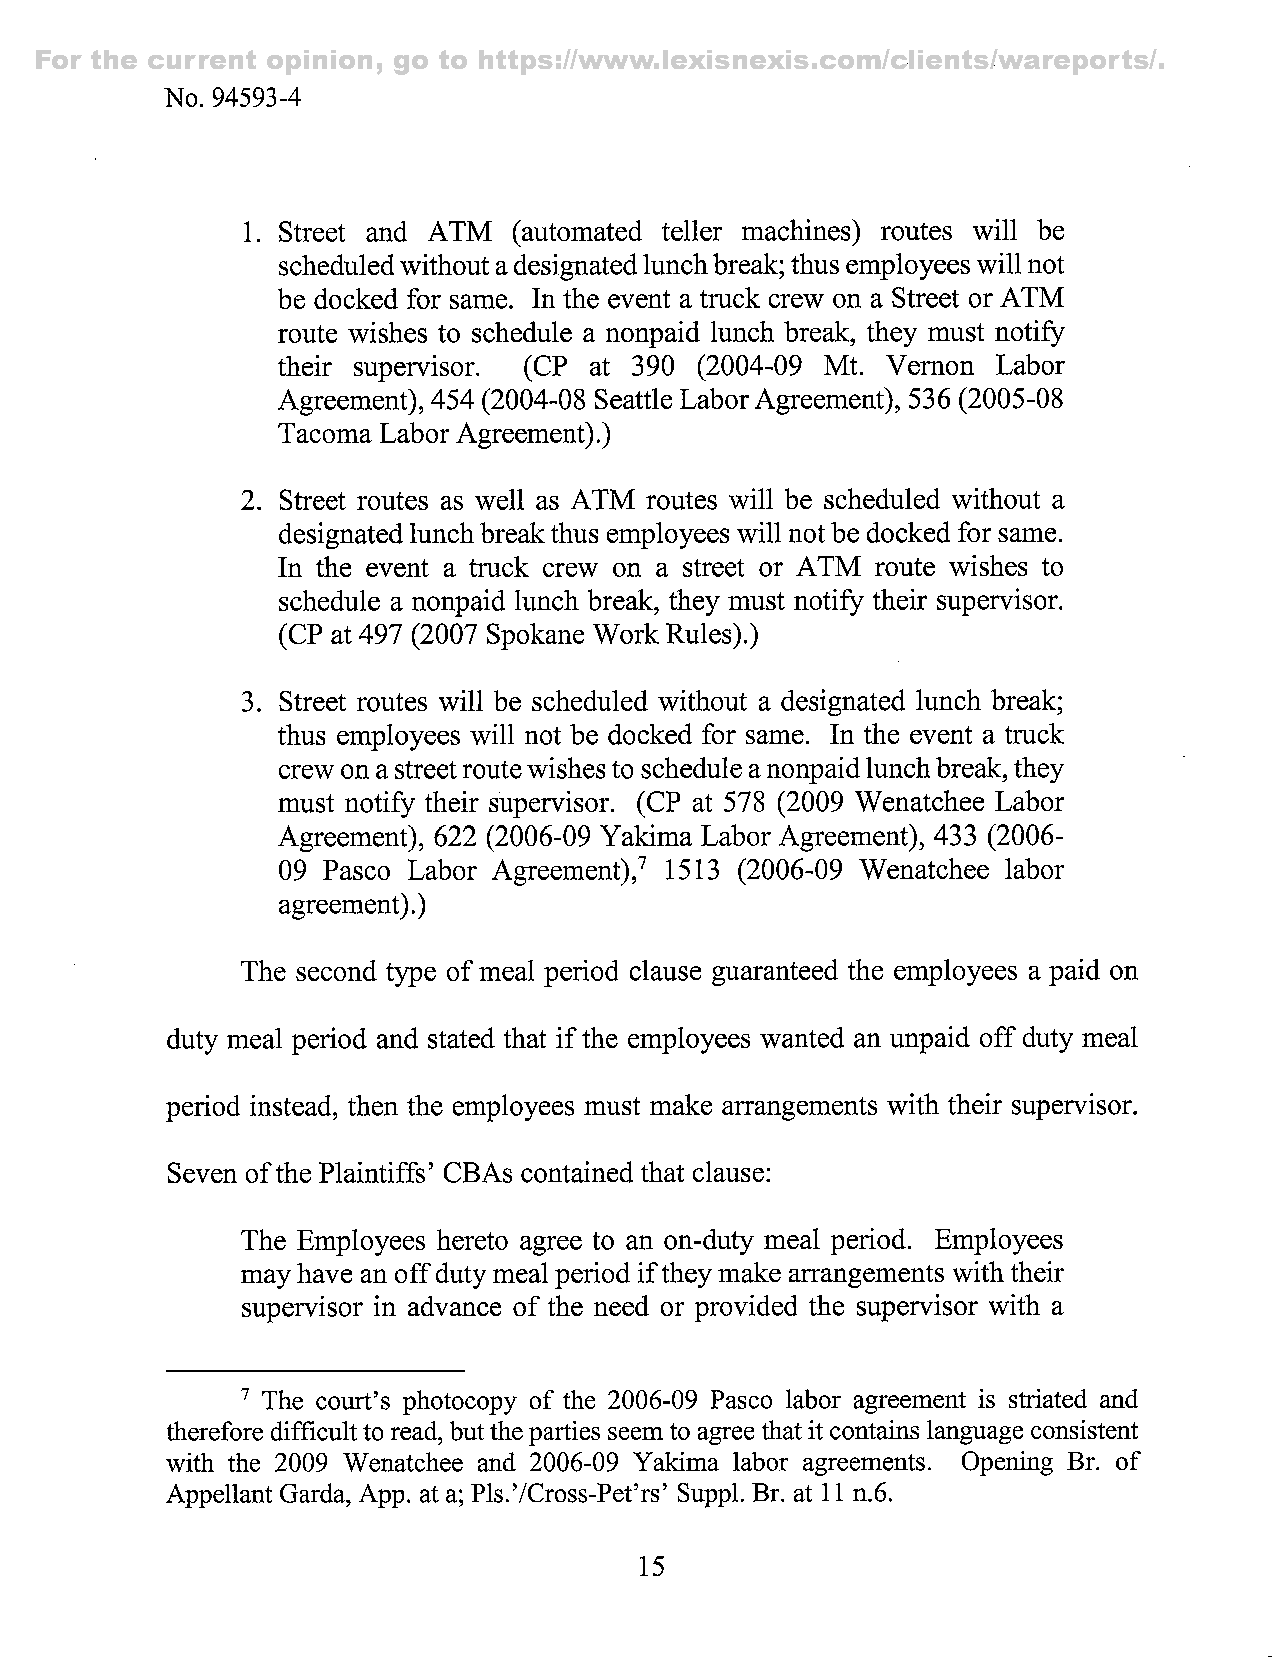
For the current opinion, go to https://www.lexisnexis.com/clients/wareports/.
 No. 94593-4
 1. Street and ATM (automated teller machines) routes will be
 scheduled without a designated lunch break; thus employees will not
 be docked for same. In the event a truck crew on a Street or ATM
 route wishes to schedule a nonpaid lunch break, they must notify
 their supervisor. (CP at 390 (2004-09 Mt. Vemon Labor
 Agreement),4 54( 2004-08 Seattle Labor Agreement), 536( 2005-08
 Tacoma Labor Agreement).)
 2. Street routes as well as ATM routes will be scheduled without a
 designated lunch break thus employees will not be docked for same.
 In the event a truck crew on a street or ATM route wishes to
 schedule a nonpaid lunch break, they must notify their supervisor.
 (CP at 497( 2007 Spokane Work Rules).)
 3. Street routes will be scheduled without a designated lunch break;
 thus employees will not be docked for same. In the event a truck
 crew on a street route wishes to schedule a nonpaid lunch break,t hey
 must notify their supervisor. (CP at 578 (2009 Wenatchee Labor
 Agreement), 622 (2006-09 YaHma Labor Agreement), 433 (2006-
 09 Pasco Labor Agreement),^ 1513 (2006-09 Wenatchee labor
 agreement).)
 The second type of meal period clause guaranteed the employees a paid on
 duty meal period and stated that if the employees wanted an unpaid off duty meal
 period instead, then the employees must make arrangements with their supervisor.
 Seven of the Plaintiffs' CBAs contained that clause:
 The Employees hereto agree to an on-duty meal period. Employees
 may have an off duty meal period if they make arrangements with their
 supervisor in advance of the need or provided the supervisor with a
 ^ The court's photocopy of the 2006-09 Pasco labor agreement is striated and
 therefore difficult to read, but the parties seem to agree that it contains language consistent
 with the 2009 Wenatchee and 2006-09 Yakima labor agreements. Opening Br. of
 Appellant Garda, App. at a; Pls.'/Cross-Pet'rs' Suppl. Br. at 11 n.6.
 15